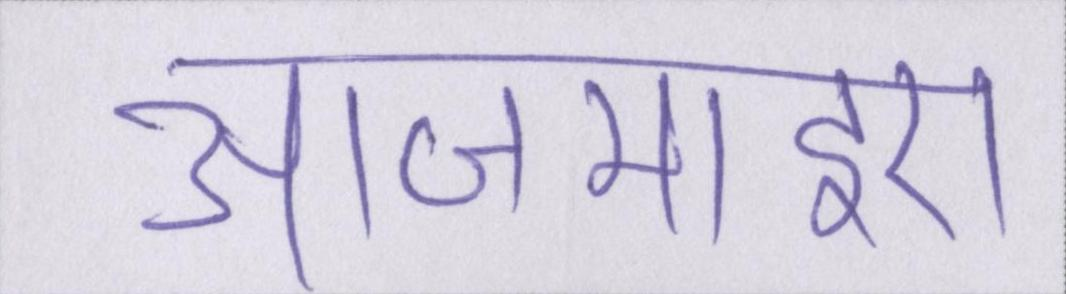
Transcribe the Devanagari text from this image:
आजमाइए